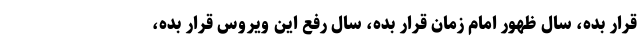
قرار بده، سال ظهور امام زمان قرار بده، سال رفع این ویروس قرار بده،